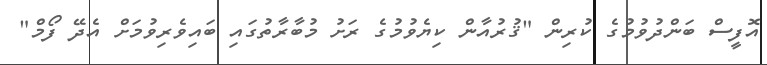
އޮފީސް ބަންދުވުމުގެ ކުރިން "ޤުރުއާން ކިޔެވުމުގެ ރަށު މުބާރާތުގައި ބައިވެރިވުމަށް އެދޭ ފޯމް"